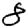
Digit: 8